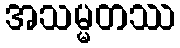
အသမ္မတဿ